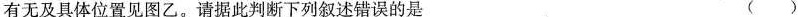
有无及具体位置见图乙。请据此判断下列叙述错误的是 ( )